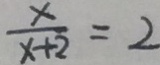
\frac { x } { x + 2 } = 2